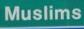
muslims